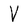
Character: V